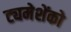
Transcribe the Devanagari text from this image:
ट्यमेशेंको